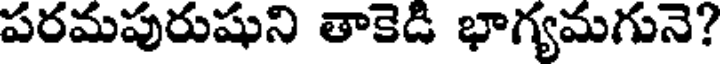
పరమపురుషుని తాకెడి భాగ్యమగునె?